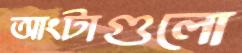
আংটাগুলো